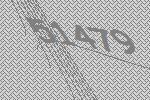
51479